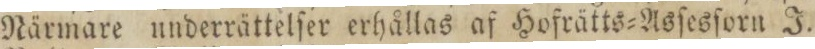
Närmare underrättelſer erhållas af Hofrätts=Asſesſorn J.